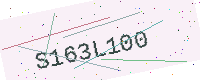
Text: S163L100